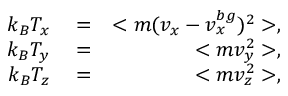
\begin{array} { r l r } { k _ { B } T _ { x } } & { { } = } & { < m ( v _ { x } - v _ { x } ^ { b g } ) ^ { 2 } > , } \\ { k _ { B } T _ { y } } & { { } = } & { < m v _ { y } ^ { 2 } > , } \\ { k _ { B } T _ { z } } & { { } = } & { < m v _ { z } ^ { 2 } > , } \end{array}